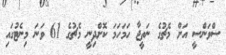
ސްވަންސީ އަށް މެޗުގެ ނަތީޖާ ހަމަހަމަ ކޮށްދިނީ މެޗުގެ 61 ވަނަ މިނެޓުގައި